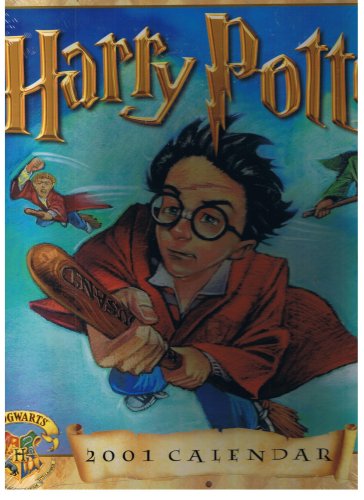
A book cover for Harry Potter 2001 Calendar; Danilo Calendas Limited; Calendars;